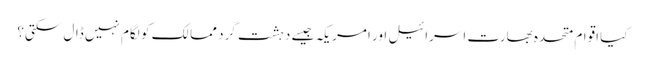
کیا اقوام متحدہ بھارت اسرائیل اور امریکہ جیسے دہشت گرد ممالک کو لگام نہیں ڈال سکتی؟